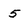
Character: 5